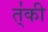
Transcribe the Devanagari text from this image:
त्॑की